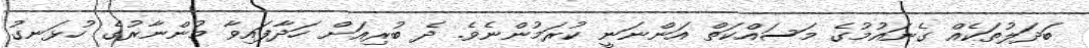
ބަދަލުތަކެއް ގެނައުމުގެ މަސައްކަތް އަންނަނީ ކުރަމުންނެވެ. ދެ ބުރިއަށް ހަދާފައިވާ މުންނާރުގެ ހުޅަނގު